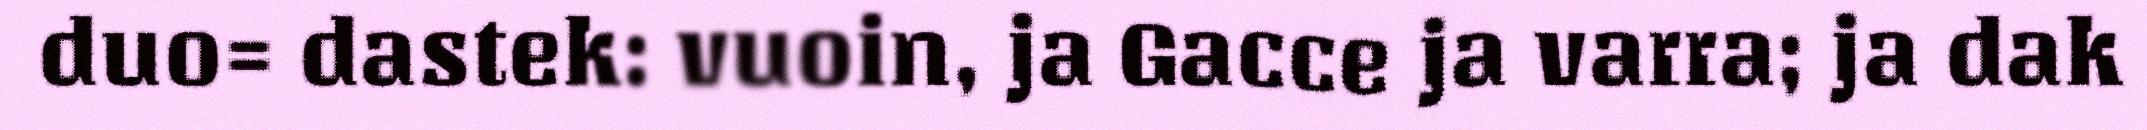
duo= dastek: vuoin, ja Gacce ja varra; ja dak